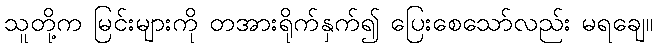
သူတို့က မြင်းများကို တအားရိုက်နှက်၍ ပြေးစေသော်လည်း မရချေ။